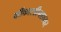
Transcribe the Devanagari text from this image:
कींकारडीनशायर